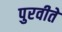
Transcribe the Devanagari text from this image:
पुरवीते